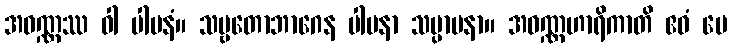
အဝဏ္ဏဿ ဝါ ပါပနံ။ သဗ္ဗတောဘာဂေန ပါပနာ သမ္ပာပနာ။ အဝဏ္ဏဟာရိကာတိ ဧဝံ မေ